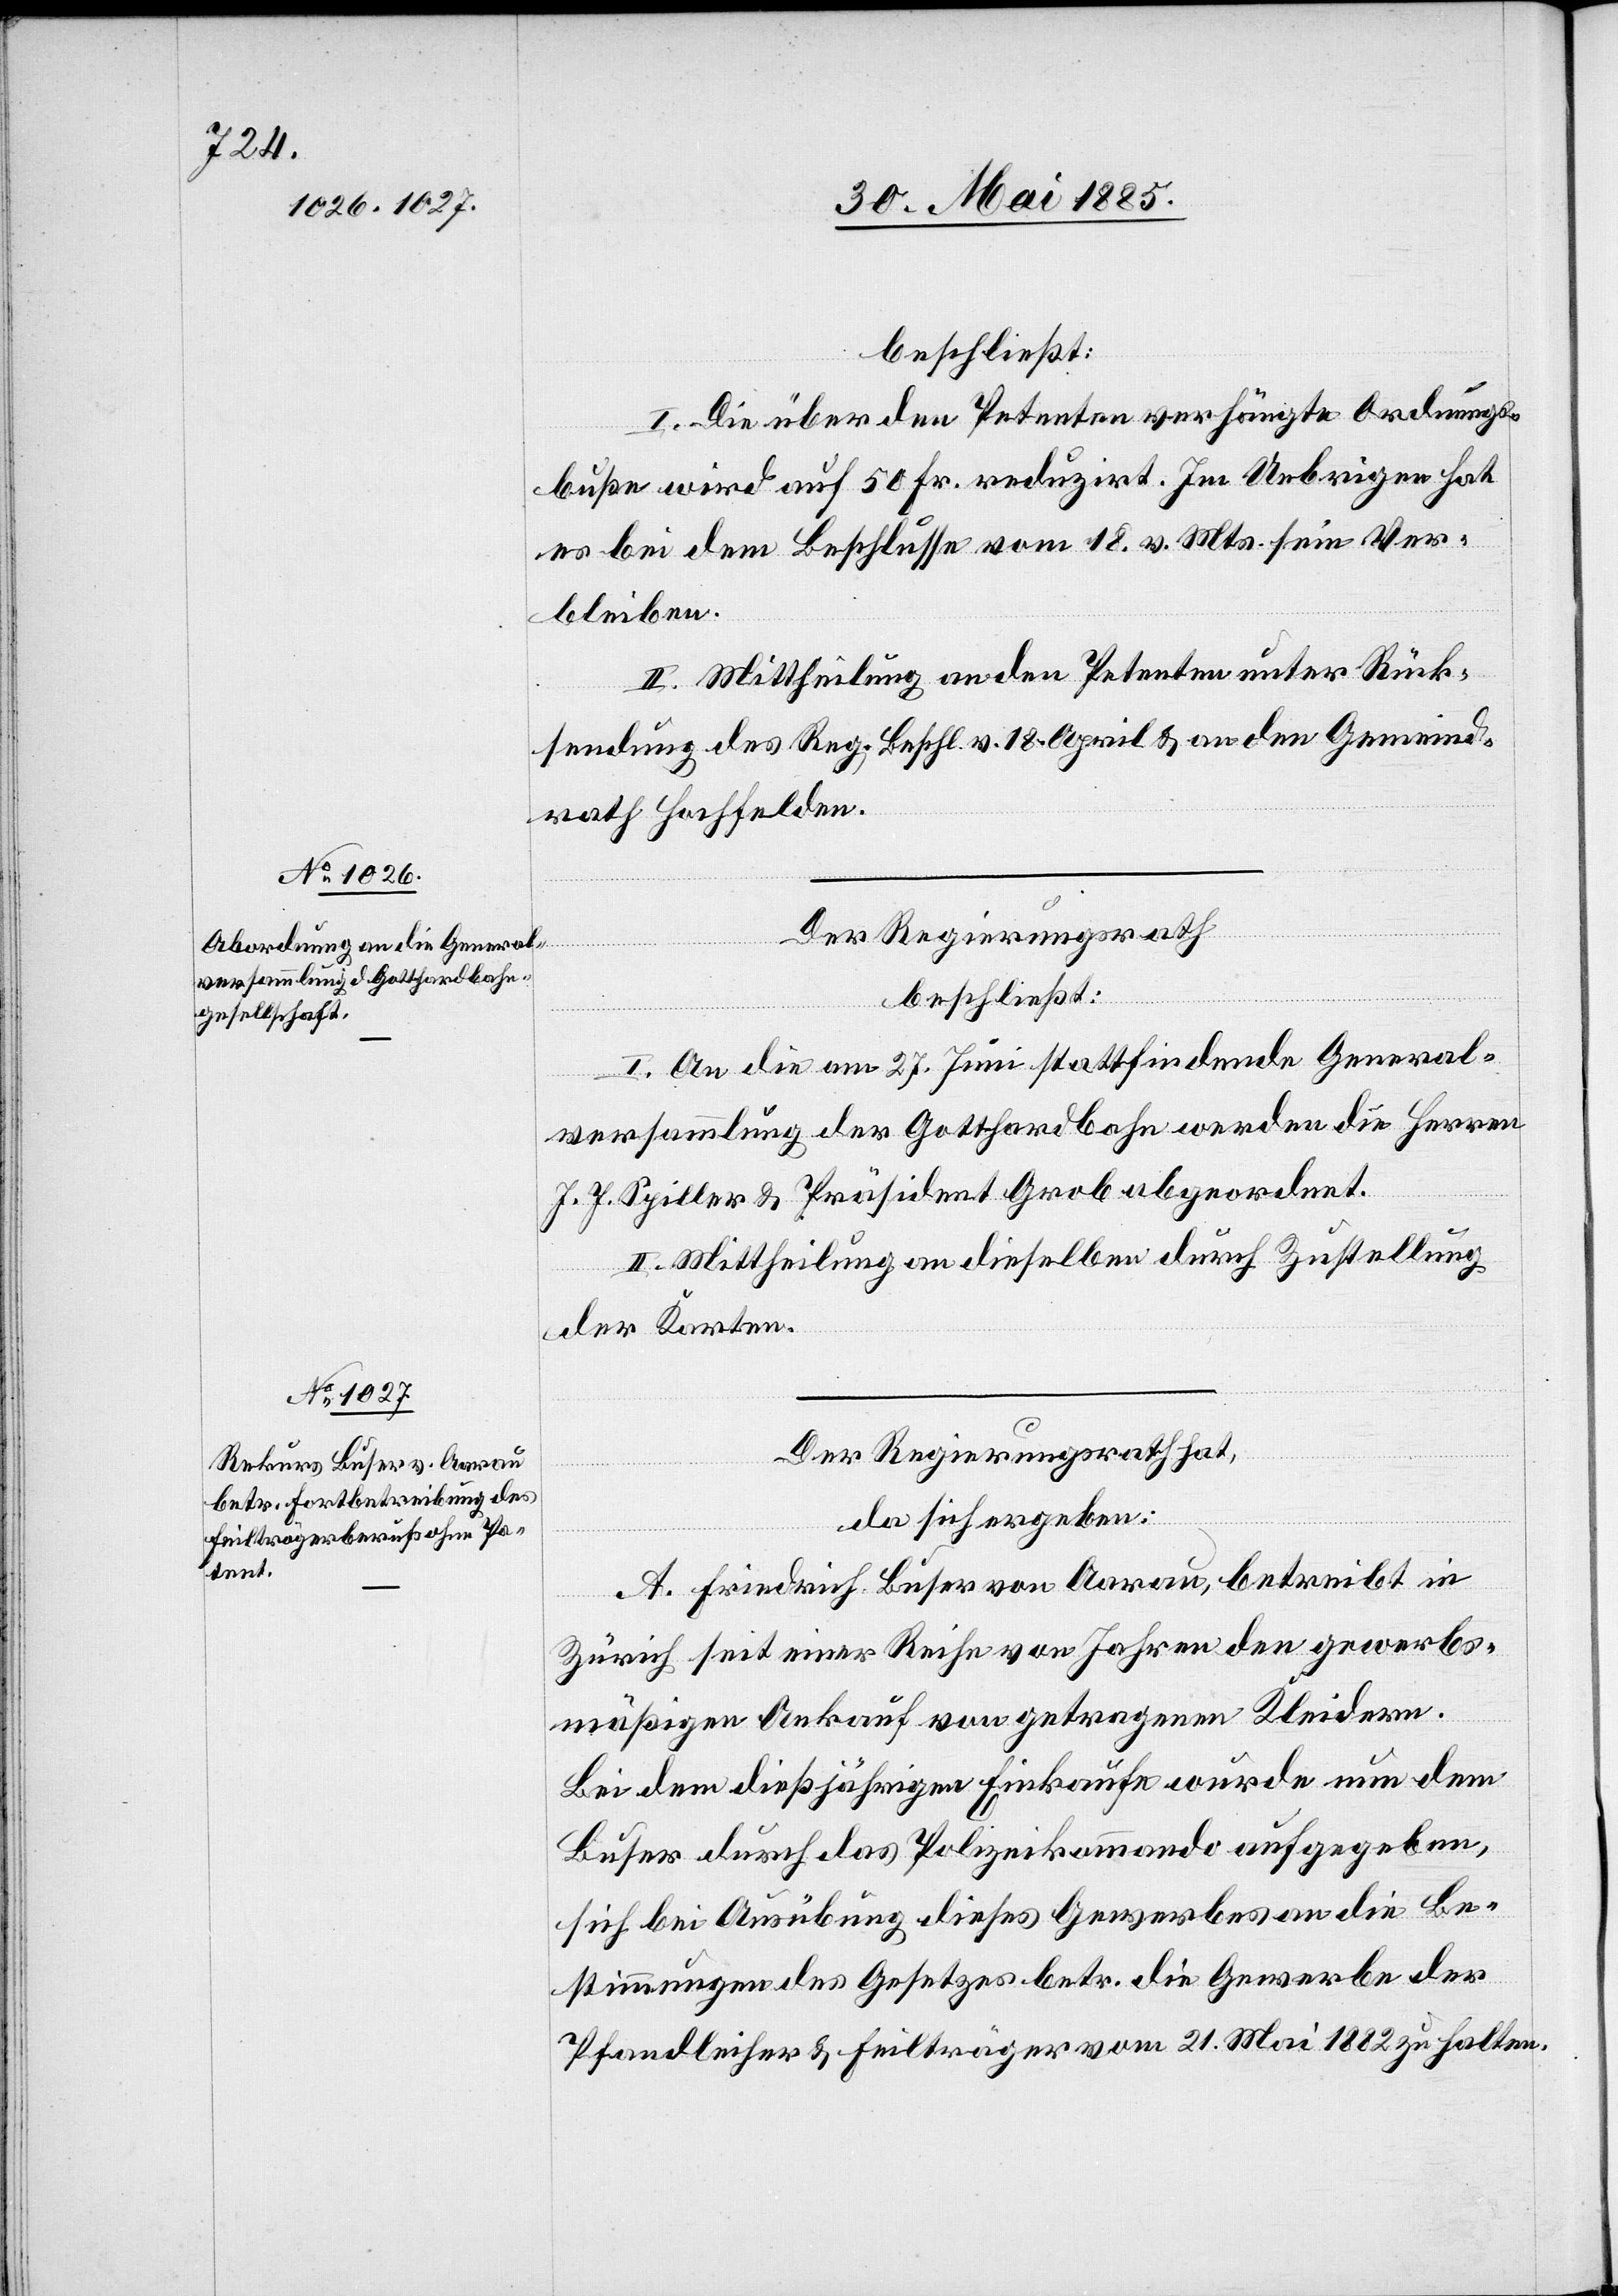
beschließt:
I. Die über den Petenten verhängte Ordnungs¬
buße wird auf 50 Fr. reduzirt. Im Uebrigen hat
es bei dem Beschlusse vom 18. v. Mts. sein Ver¬
bleiben.
II. Mittheilung an den Petenten unter Rück¬
sendung des Reg. Beschl. v. 18. April & an den Gemeind¬
rath Hochfelden.
Der Regierungsrath,
beschließt:
I. An die am 27. Juni stattfindende General¬
versammlung der Gotthardbahn werden die Herren
J. J. Spiller & Präsident Grob abgeordnet.
II. Mittheilung an dieselben durch Zustellung
der Karten.
Der Regierungsrath hat,
da sich ergeben:
A. Friedrich Buser von Aarau, betreibt in
Zürich seit einer Reihe von Jahren den gewerbs¬
mäßigen Ankauf von getragenen Kleidern.
Bei dem dießjährigen Einkaufe wurde nun dem
Buser durch das Polizeikommando aufgegeben,
sich bei der Ausübung dieses Gewerbes an die Be¬
stimmungen des Gesetzes betr. die Gewerbe der
Pfandleiher & Feilträger vom 21. Mai 1882 zu halten.